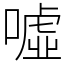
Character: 噓